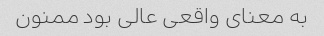
به معنای واقعی عالی بود ممنون